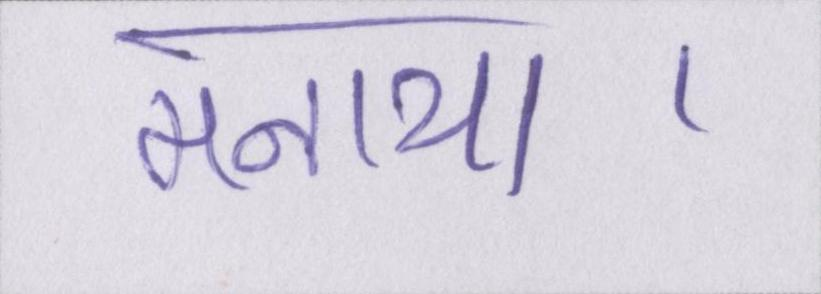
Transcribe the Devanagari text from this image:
मनाया।